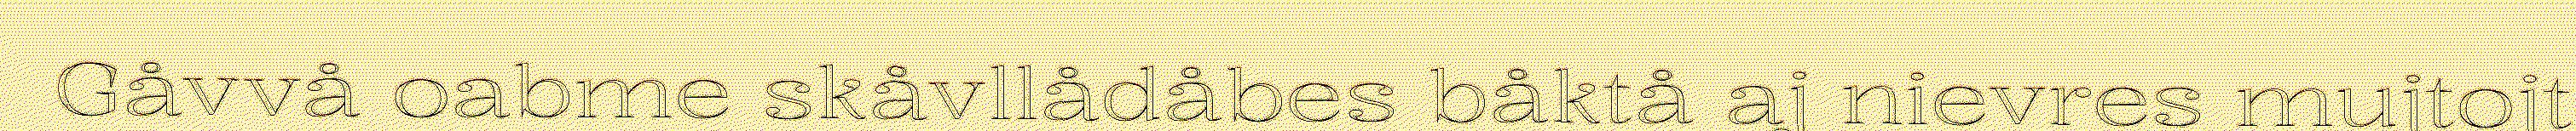
Gåvvå oabme skåvllådåbes båktå aj nievres mujtojt